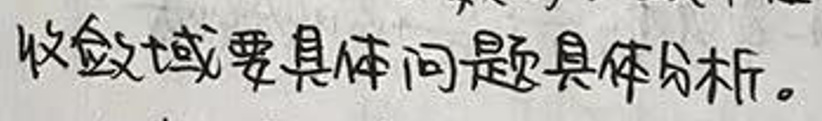
收益领域要具体问题具体分析。